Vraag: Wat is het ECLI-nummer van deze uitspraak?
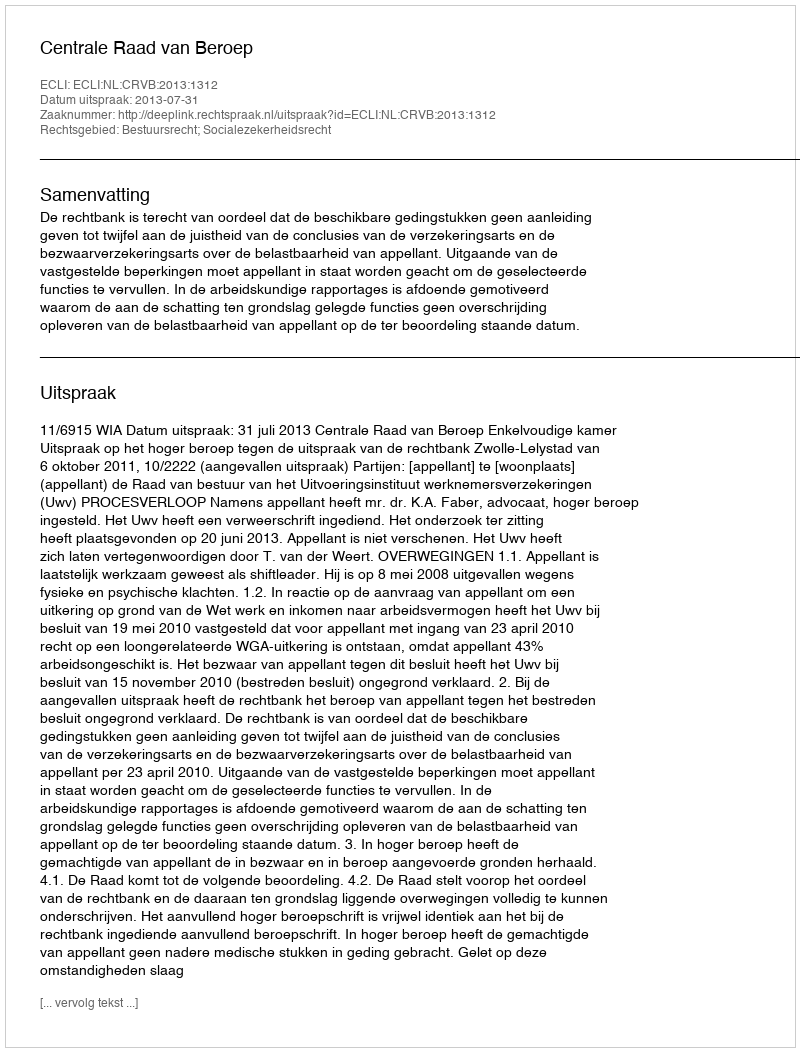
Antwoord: ECLI:NL:CRVB:2013:1312